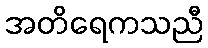
အတိရေကသညီ